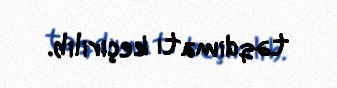
təqdimatı keçirilib.